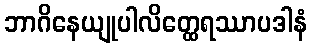
ဘာဂိနေယျုပါလိတ္ထေရဿာပဒါနံ